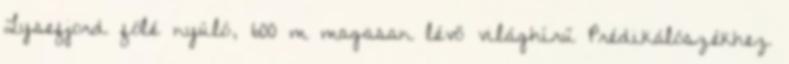
Lysefjord fölé nyúló, 600 m magasan lévő világhírű Prédikálószékhez